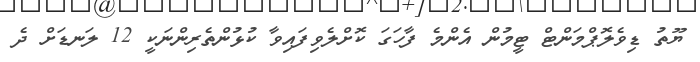
ޔޫތު ޑިވެލޮޕްމަންޓް ޓީމުން އެންމެ ފާހަގަ ކޮށްލެވިފައިވާ ކުޅުންތެރިންނަކީ 12 ލަނޑަށް ދެ